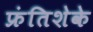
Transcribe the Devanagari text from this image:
फ्रंतिशेके